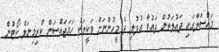
މައްސަލާގައި ދައުލަތުން ދައުވާ އުފުލި ދެ މީހުންނަށް ވަކީލަކު ހަމަޖައްސަން ކްރިމިނަލް ކޯޓުން